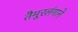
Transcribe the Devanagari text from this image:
तैमूरलंगाने